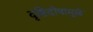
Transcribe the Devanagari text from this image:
दृष्टिदोषामुळे